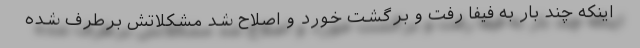
اینکه چند بار به فیفا رفت و برگشت خورد و اصلاح شد مشکلاتش برطرف شده